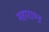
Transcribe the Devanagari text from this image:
महाराष्त्र